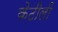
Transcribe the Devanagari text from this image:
केटीली